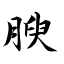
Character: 腴